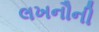
લખનૌની